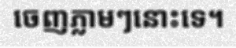
ចេញភ្លាមៗនោះទេ។